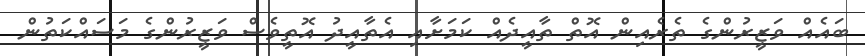
ބައެއް ވަޒީރުންގެ ތެރެއިން އޮތް ތާއީދެއް ކަމަށާއި އެތާއީދު އޮތީވެސް ވަޒީރުންގެ މަސައްކަތުން